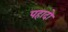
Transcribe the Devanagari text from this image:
पहादो